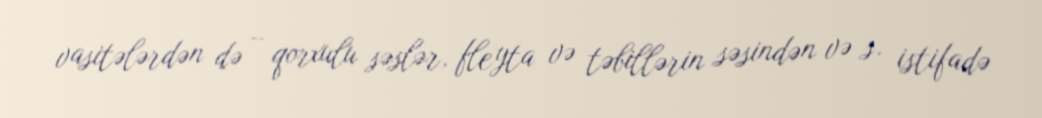
vasitələrdən də – qorxulu səslər, fleyta və təbillərin səsindən və s. istifadə